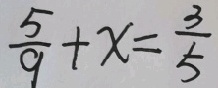
\frac { 5 } { 9 } + x = \frac { 3 } { 5 }